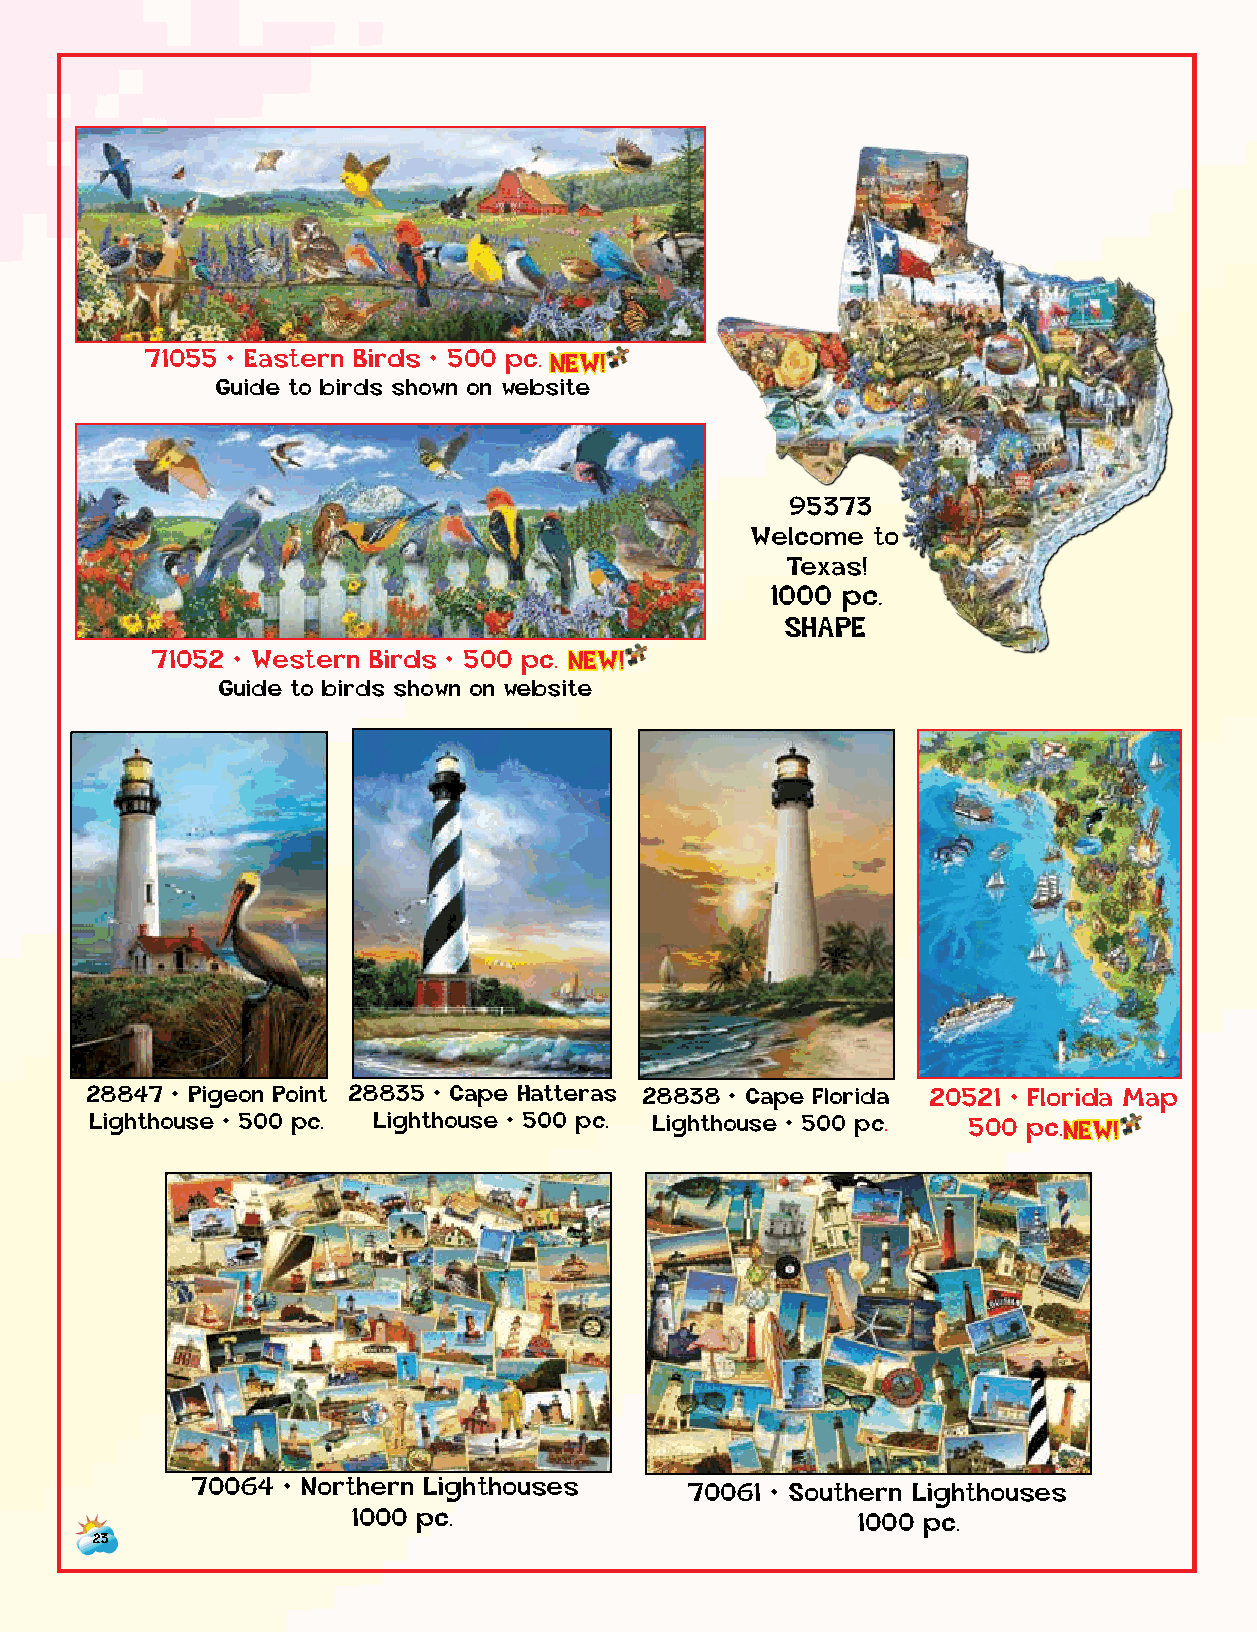
71055 • Eastern Birds • 500 p c . N E W!
 Guide to birds shown on website
 95373
 Welcome to
 Texas!
 1000 pc.
 SHAPE
 71052 • Western Birds • 500 p c . N E W!
 Guide to birds shown on website
 28847 • Pigeon Point 28835 • Cape Hatteras 28838 • Cape Florida 20521 • Florida Map
 Lighthouse • 500 pc. Lighthouse • 500 pc. Lighthouse • 5 0 0 p c . 500 p c .NEW!
 70064 • Northern Lighthouses     70061 • Southern Lighthouses
 1000 pc.                          1000 pc.
 23